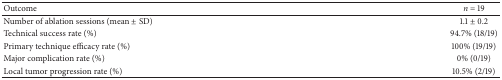
| Outcome | n = 19 |
 | --- | --- |
 | Number of ablation sessions (mean ± SD) | 1.1 ± 0.2 |
 | Technical success rate (%) | 94.7% (18/19) |
 | Primary technique efficacy rate (%) | 100% (19/19) |
 | Major complication rate (%) | 0% (0/19) |
 | Local tumor progression rate (%) | 10.5% (2/19) |